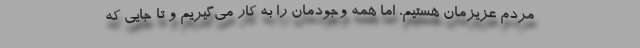
مردم عزیزمان هستیم، اما همه وجودمان را به کار می‌گیریم و تا جایی که